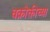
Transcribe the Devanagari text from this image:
वक्रोक्तीच्या